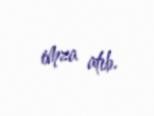
imza atıb.